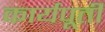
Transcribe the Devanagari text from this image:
कार्यपूर्ती